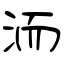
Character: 洏